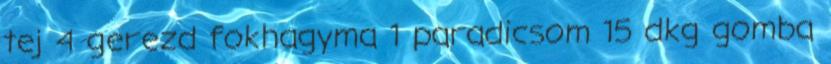
tej 4 gerezd fokhagyma 1 paradicsom 15 dkg gomba